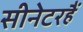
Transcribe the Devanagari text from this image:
सीनेटरहैं